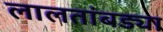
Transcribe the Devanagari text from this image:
लालतांबड्या